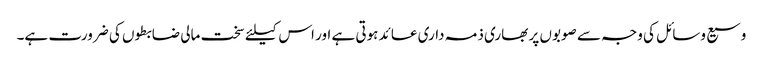
وسیع وسائل کی وجہ سے صوبوں پر بھاری ذمہ داری عائد ہوتی ہے اور اس کیلئے سخت مالی ضابطوں کی ضرورت ہے۔